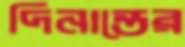
দিনান্তের